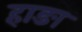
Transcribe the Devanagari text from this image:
हाङा